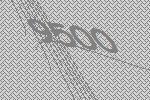
9500